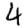
Digit: 4